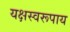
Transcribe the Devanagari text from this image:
यक्षस्वरूपाय